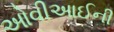
ઓવીઆઈની